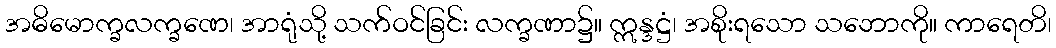
အဓိမောက္ခလက္ခဏေ၊ အာရုံသို့ သက်ဝင်ခြင်း လက္ခဏာ၌။ ဣန္ဒဋ္ဌံ၊ အစိုးရသော သဘောကို။ ကာရေတိ၊